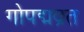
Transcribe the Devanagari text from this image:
गोपद्मव्रत